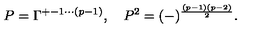
P = \Gamma ^ { + - 1 \cdots ( p - 1 ) } , \quad P ^ { 2 } = ( - ) ^ { \frac { ( p - 1 ) ( p - 2 ) } { 2 } } .